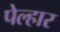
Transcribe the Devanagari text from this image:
पेल्हार